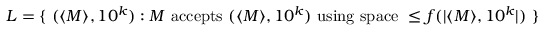
L = \{ ~ ( \langle M \rangle , 1 0 ^ { k } ) : M { \mathrm { ~ a c c e p t s ~ } } ( \langle M \rangle , 1 0 ^ { k } ) { \mathrm { ~ u s i n g ~ s p a c e ~ } } \leq f ( | \langle M \rangle , 1 0 ^ { k } | ) ~ \}